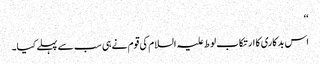
‘‘
اس بدکاری کا ارتکاب لوط علیہ السلام کی قوم نے ہی سب سے پہلے کیا۔